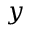
y